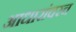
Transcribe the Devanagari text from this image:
आधारांवरच